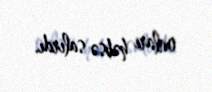
onları həbsə salırdı.